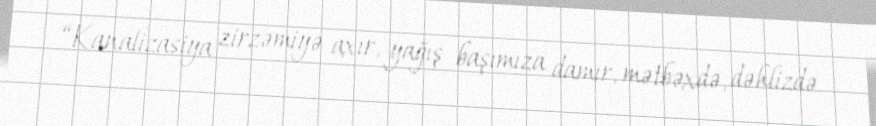
“Kanalizasiya zirzəmiyə axır, yağış başımıza damır, mətbəxdə, dəhlizdə